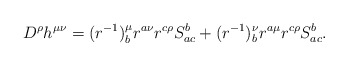
\begin{align*}D^{\rho}h^{\mu \nu}=(r^{-1})^{\mu}_{b}r^{a \nu} r^{c \rho}S^{b}_{ac}+(r^{-1})^{\nu}_{b}r^{a \mu} r^{c \rho}S^{b}_{ac}.\end{align*}